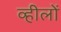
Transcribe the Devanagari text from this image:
व्हीलों